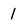
Character: 1